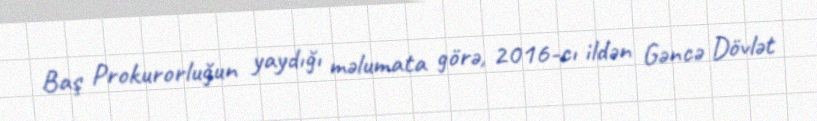
Baş Prokurorluğun yaydığı məlumata görə, 2016-cı ildən Gəncə Dövlət